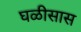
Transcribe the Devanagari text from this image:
घळीसास